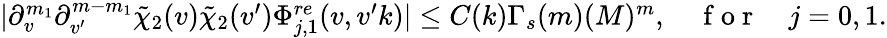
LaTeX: \begin{array}{r}{|\partial_{v}^{m_{1}}\partial_{v^{\prime}}^{m-m_{1}}\tilde{\chi}_{2}(v)\tilde{\chi}_{2}(v^{\prime})\Phi_{j,1}^{re}(v,v^{\prime}k)|\leq C(k)\Gamma_{s}(m)(M)^{m},\quad\mathrm{~f~o~r~}\quad j=0,1.}\end{array}